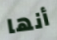
أنها